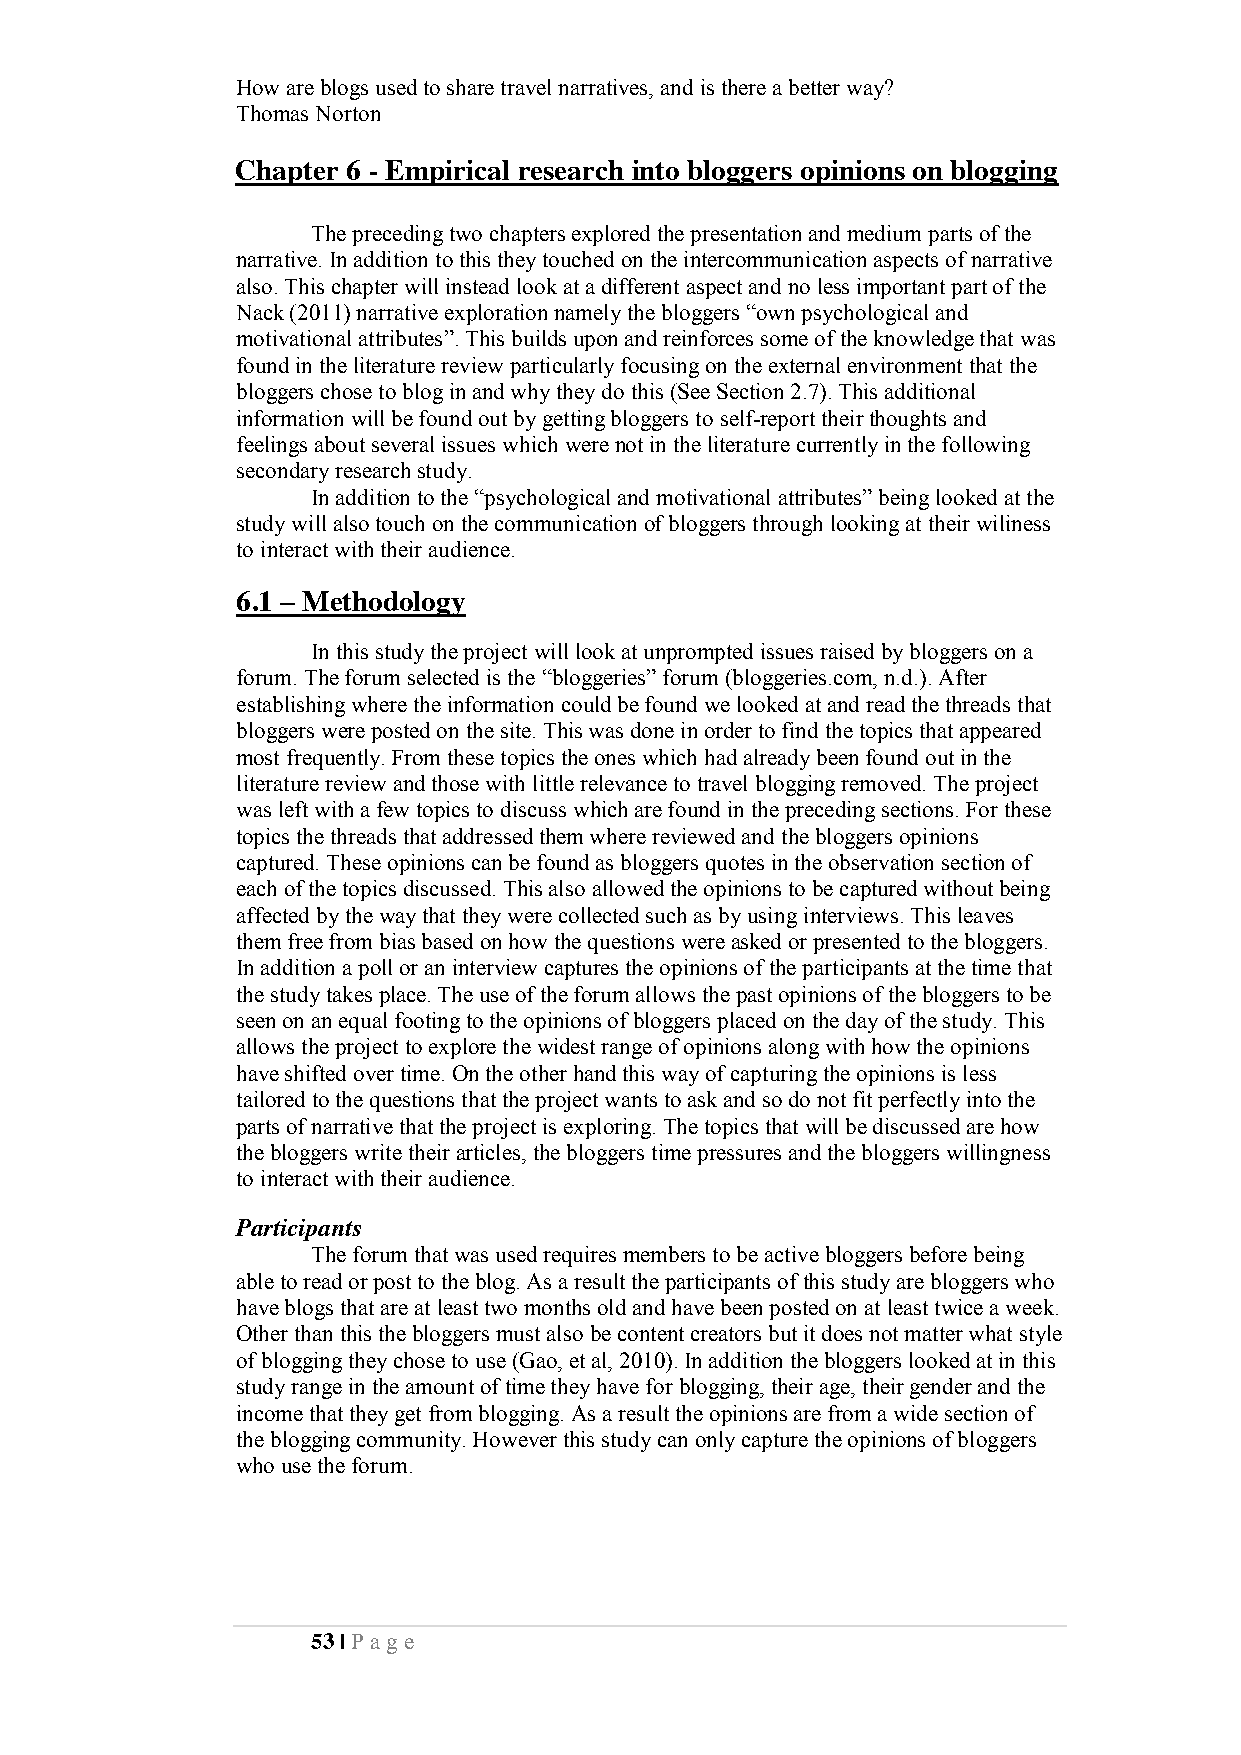
How are blogs used to share travel narratives, and is there a better way?
 Thomas Norton
 Chapter 6 - Empirical research into bloggers opinions on blogging
 The preceding two chapters explored the presentation and medium parts of the
 narrative. In addition to this they touched on the intercommunication aspects of narrative
 also. This chapter will instead look at a different aspect and no less important part of the
 Nack (2011) narrative exploration namely the bloggers “own psychological and
 motivational attributes”. This builds upon and reinforces some of the knowledge that was
 found in the literature review particularly focusing on the external environment that the
 bloggers chose to blog in and why they do this (See Section 2.7). This additional
 information will be found out by getting bloggers to self-report their thoughts and
 feelings about several issues which were not in the literature currently in the following
 secondary research study.
 In addition to the “psychological and motivational attributes” being looked at the
 study will also touch on the communication of bloggers through looking at their wiliness
 to interact with their audience.
 6.1 – Methodology
 In this study the project will look at unprompted issues raised by bloggers on a
 forum. The forum selected is the “bloggeries” forum (bloggeries.com, n.d.). After
 establishing where the information could be found we looked at and read the threads that
 bloggers were posted on the site. This was done in order to find the topics that appeared
 most frequently. From these topics the ones which had already been found out in the
 literature review and those with little relevance to travel blogging removed. The project
 was left with a few topics to discuss which are found in the preceding sections. For these
 topics the threads that addressed them where reviewed and the bloggers opinions
 captured. These opinions can be found as bloggers quotes in the observation section of
 each of the topics discussed. This also allowed the opinions to be captured without being
 affected by the way that they were collected such as by using interviews. This leaves
 them free from bias based on how the questions were asked or presented to the bloggers.
 In addition a poll or an interview captures the opinions of the participants at the time that
 the study takes place. The use of the forum allows the past opinions of the bloggers to be
 seen on an equal footing to the opinions of bloggers placed on the day of the study. This
 allows the project to explore the widest range of opinions along with how the opinions
 have shifted over time. On the other hand this way of capturing the opinions is less
 tailored to the questions that the project wants to ask and so do not fit perfectly into the
 parts of narrative that the project is exploring. The topics that will be discussed are how
 the bloggers write their articles, the bloggers time pressures and the bloggers willingness
 to interact with their audience.
 Participants
 The forum that was used requires members to be active bloggers before being
 able to read or post to the blog. As a result the participants of this study are bloggers who
 have blogs that are at least two months old and have been posted on at least twice a week.
 Other than this the bloggers must also be content creators but it does not matter what style
 of blogging they chose to use (Gao, et al, 2010). In addition the bloggers looked at in this
 study range in the amount of time they have for blogging, their age, their gender and the
 income that they get from blogging. As a result the opinions are from a wide section of
 the blogging community. However this study can only capture the opinions of bloggers
 who use the forum.
 53 | Pa ge